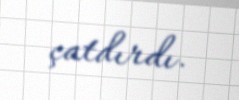
çatdırdı.